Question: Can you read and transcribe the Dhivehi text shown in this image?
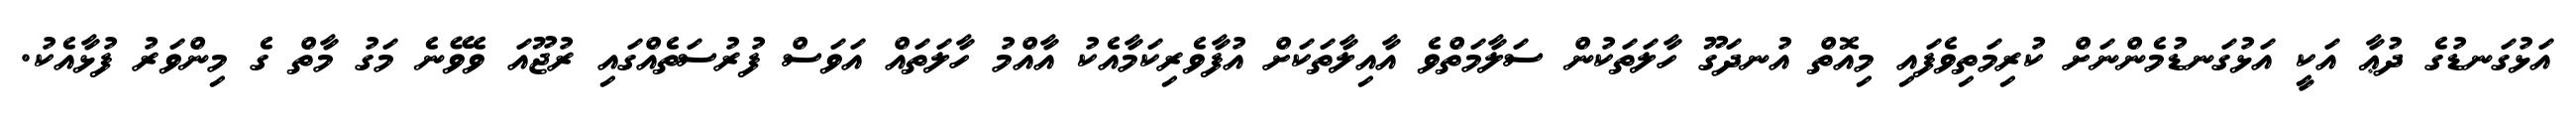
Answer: އަޅުގަނޑުގެ ދުޢާ އަކީ އަޅުގަނޑުމެންނަށް ކުރިމަތިވެފައި މިއޮތް އުނދަގޫ ހާލަތަކުން ސަލާމަތްވެ އާއިލާތަކަށް އުފާވެރިކަމާއެކު އާއްމު ހާލަތައް އަވަސް ފުރުސަތެއްގައި ރުޖޫއަ ވެވޭނެ މަގު މާތް ގެ މިންވަރު ފުޅާއެކު.